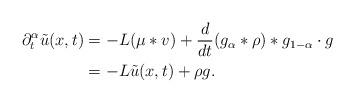
LaTeX: \begin{align*}\partial_{t}^{\alpha}\tilde{u}(x,t) & = - L(\mu*v) + \frac{d}{dt}(g_{\alpha}*\rho)*g_{1-\alpha}\cdot g \\& = - L\tilde{u}(x,t) + \rho g.\end{align*}